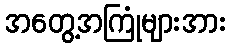
အတွေ့အကြုံများအား